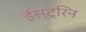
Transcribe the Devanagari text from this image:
ईस्ट्रिन